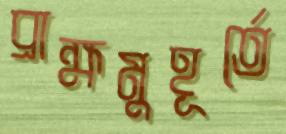
ব্রাহ্মমুহূর্তে